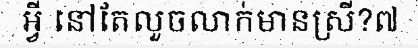
អ្វី នៅតែលួចលាក់មានស្រី?៧